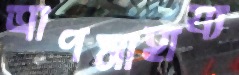
ত্রাণসাহায্য